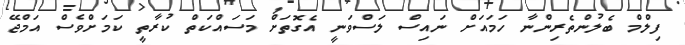
ފިލްމް ބެލުންތެރިންނާ ހަމައަށް ނައިސް ލަސްވަނީ އެގޮތަށް މަސައްކަތް ކުރާތީ ކަމަށްވެސް އަމްޖޭ